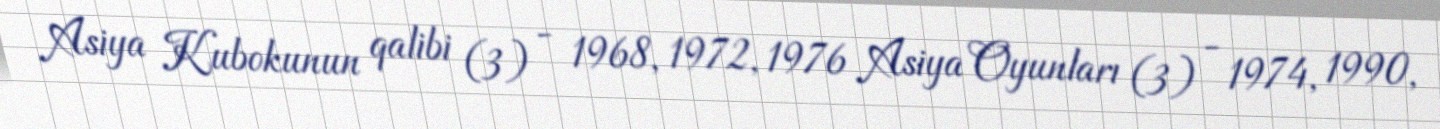
Asiya Kubokunun qalibi (3) - 1968, 1972, 1976 Asiya Oyunları (3) - 1974, 1990,